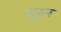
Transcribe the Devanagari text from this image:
गुरुर